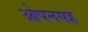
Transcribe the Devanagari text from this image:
ओपनसह